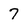
Character: 7